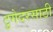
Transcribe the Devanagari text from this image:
टुगेदरसाठी